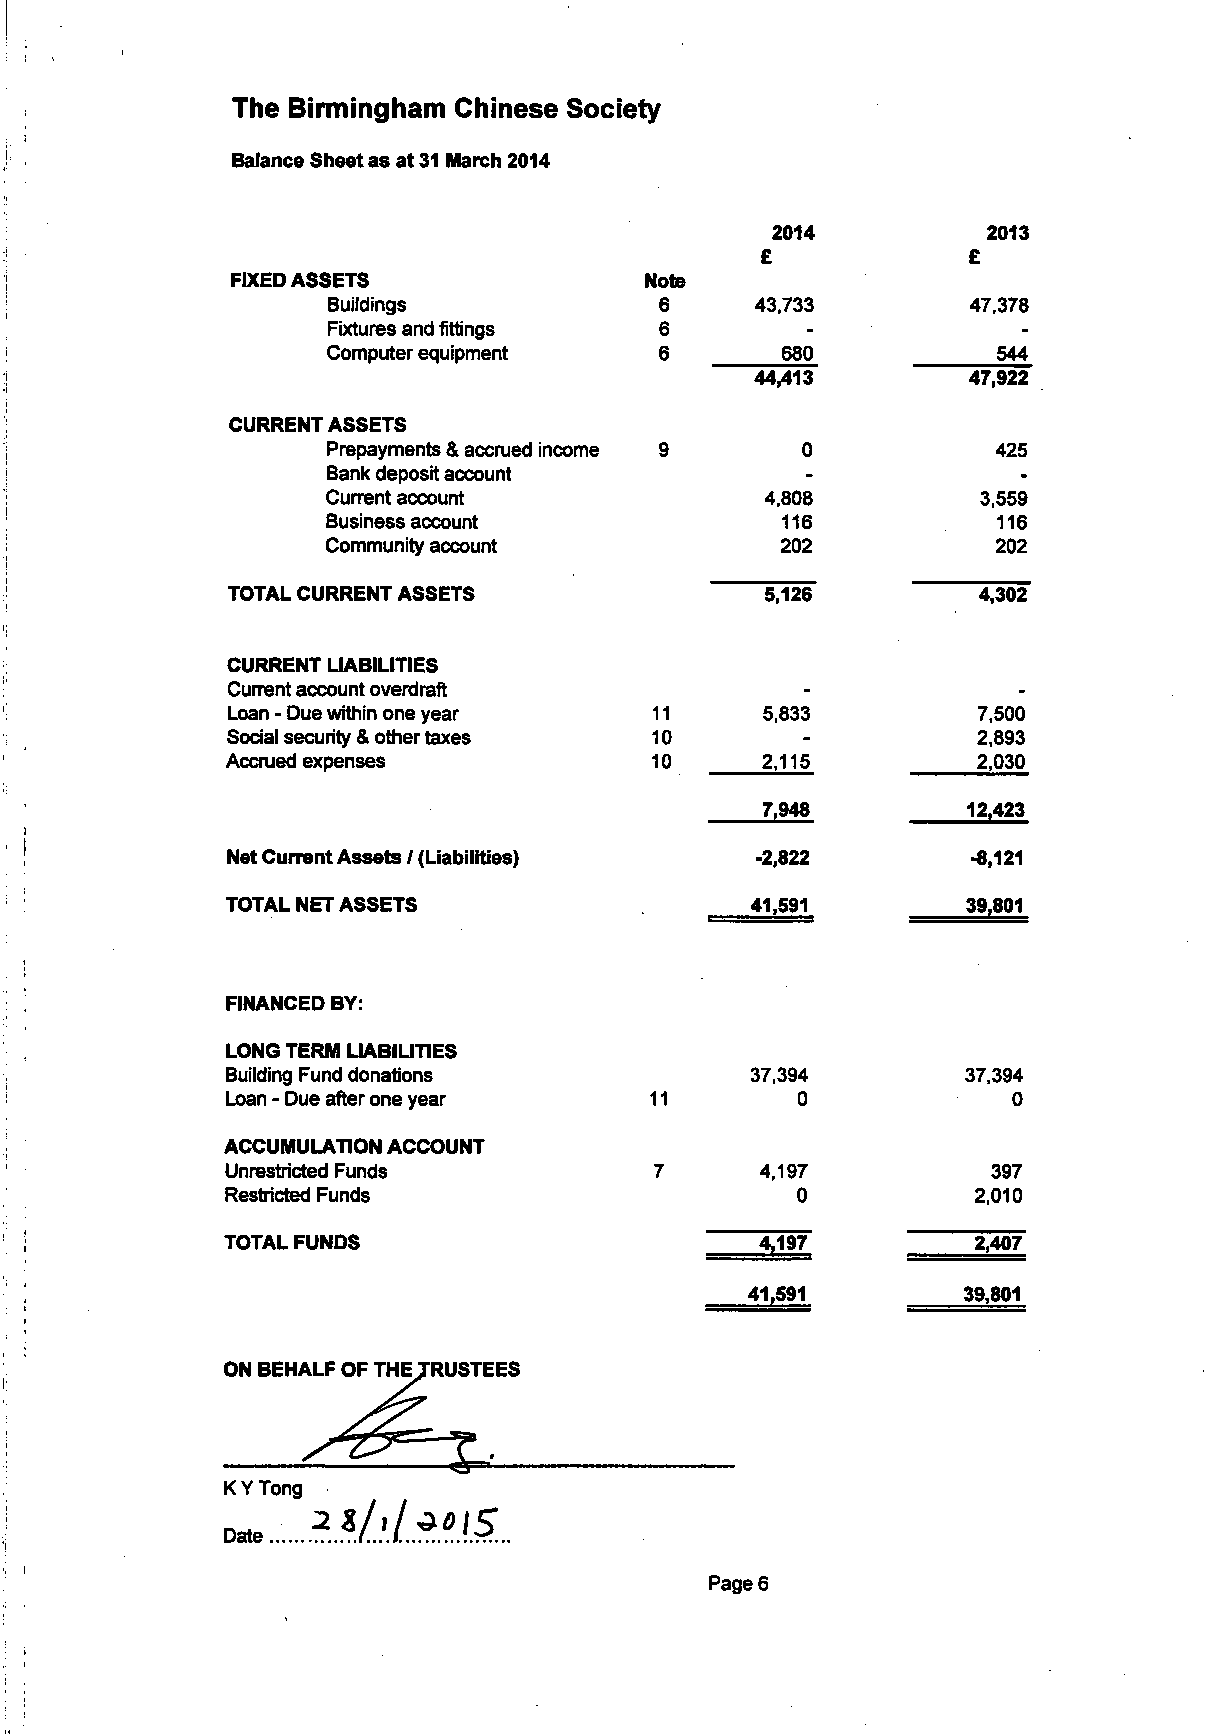
The Birmingham Chinese Society
 Balance Sheet as at 31 March 2014
 2014          2013
 £             £
 FIXED ASSETS                Note
 Buildings             6     43,733        47,378
 Fixtures and fittings 6        -
 Computer equipment    6       680           544
 44,413        47,922
 CURRENT ASSETS
 Prepayments & accrued income 9 0            425
 Bank deposit account
 Current account              4.808         3,559
 Business account              116           116
 Community account             202           202
 TOTAL CURRENT ASSETS                5,126         4,302
 CURRENT LIABILITIES
 Current account overdraft
 Loan - Due within one year  11      5,833         7.500
 Social security & other taxes 10      -           2,893
 Accrued expenses            10      2.115         2,030
 7,948         12,423
 Net Current Assets / (Liabilities) -2,822        -8,121
 TOTAL NET ASSETS                   41,591        39,801
 FINANCED BY:
 LONG TERM LIABILITIES
 Building Fund donations            37,394        37,394
 Loan - Due after one year   11        0             0
 ACCUMULATION ACCOUNT
 Unrestricted Funds          7      4,197           397
 Restricted Funds                      0           2,010
 TOTAL FUNDS                        4,197          2,407
 41,591         39,801
 ON BEHALF OF THE TRUSTEES
 K Y Tong
 Date
 Page 6